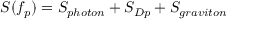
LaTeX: S ( f _ { p } ) = S _ { p h o t o n } + S _ { D p } + S _ { g r a v i t o n }